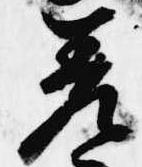
差